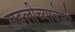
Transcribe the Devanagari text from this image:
सहलीच्यावेळी